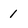
Character: 1